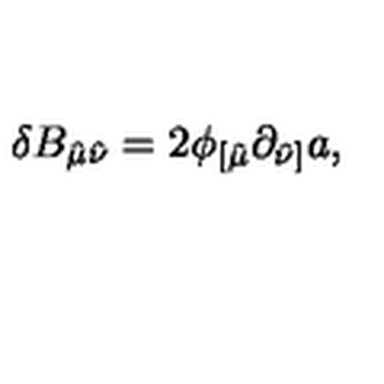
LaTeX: \delta B _ { \hat { \mu } \hat { \nu } } = 2 \phi _ { [ \hat { \mu } } \partial _ { \hat { \nu } ] } a ,